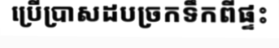
ប្រើប្រាសដបច្រកទឹកពីផ្ទះ